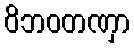
ဝိဘဝတဏှာ